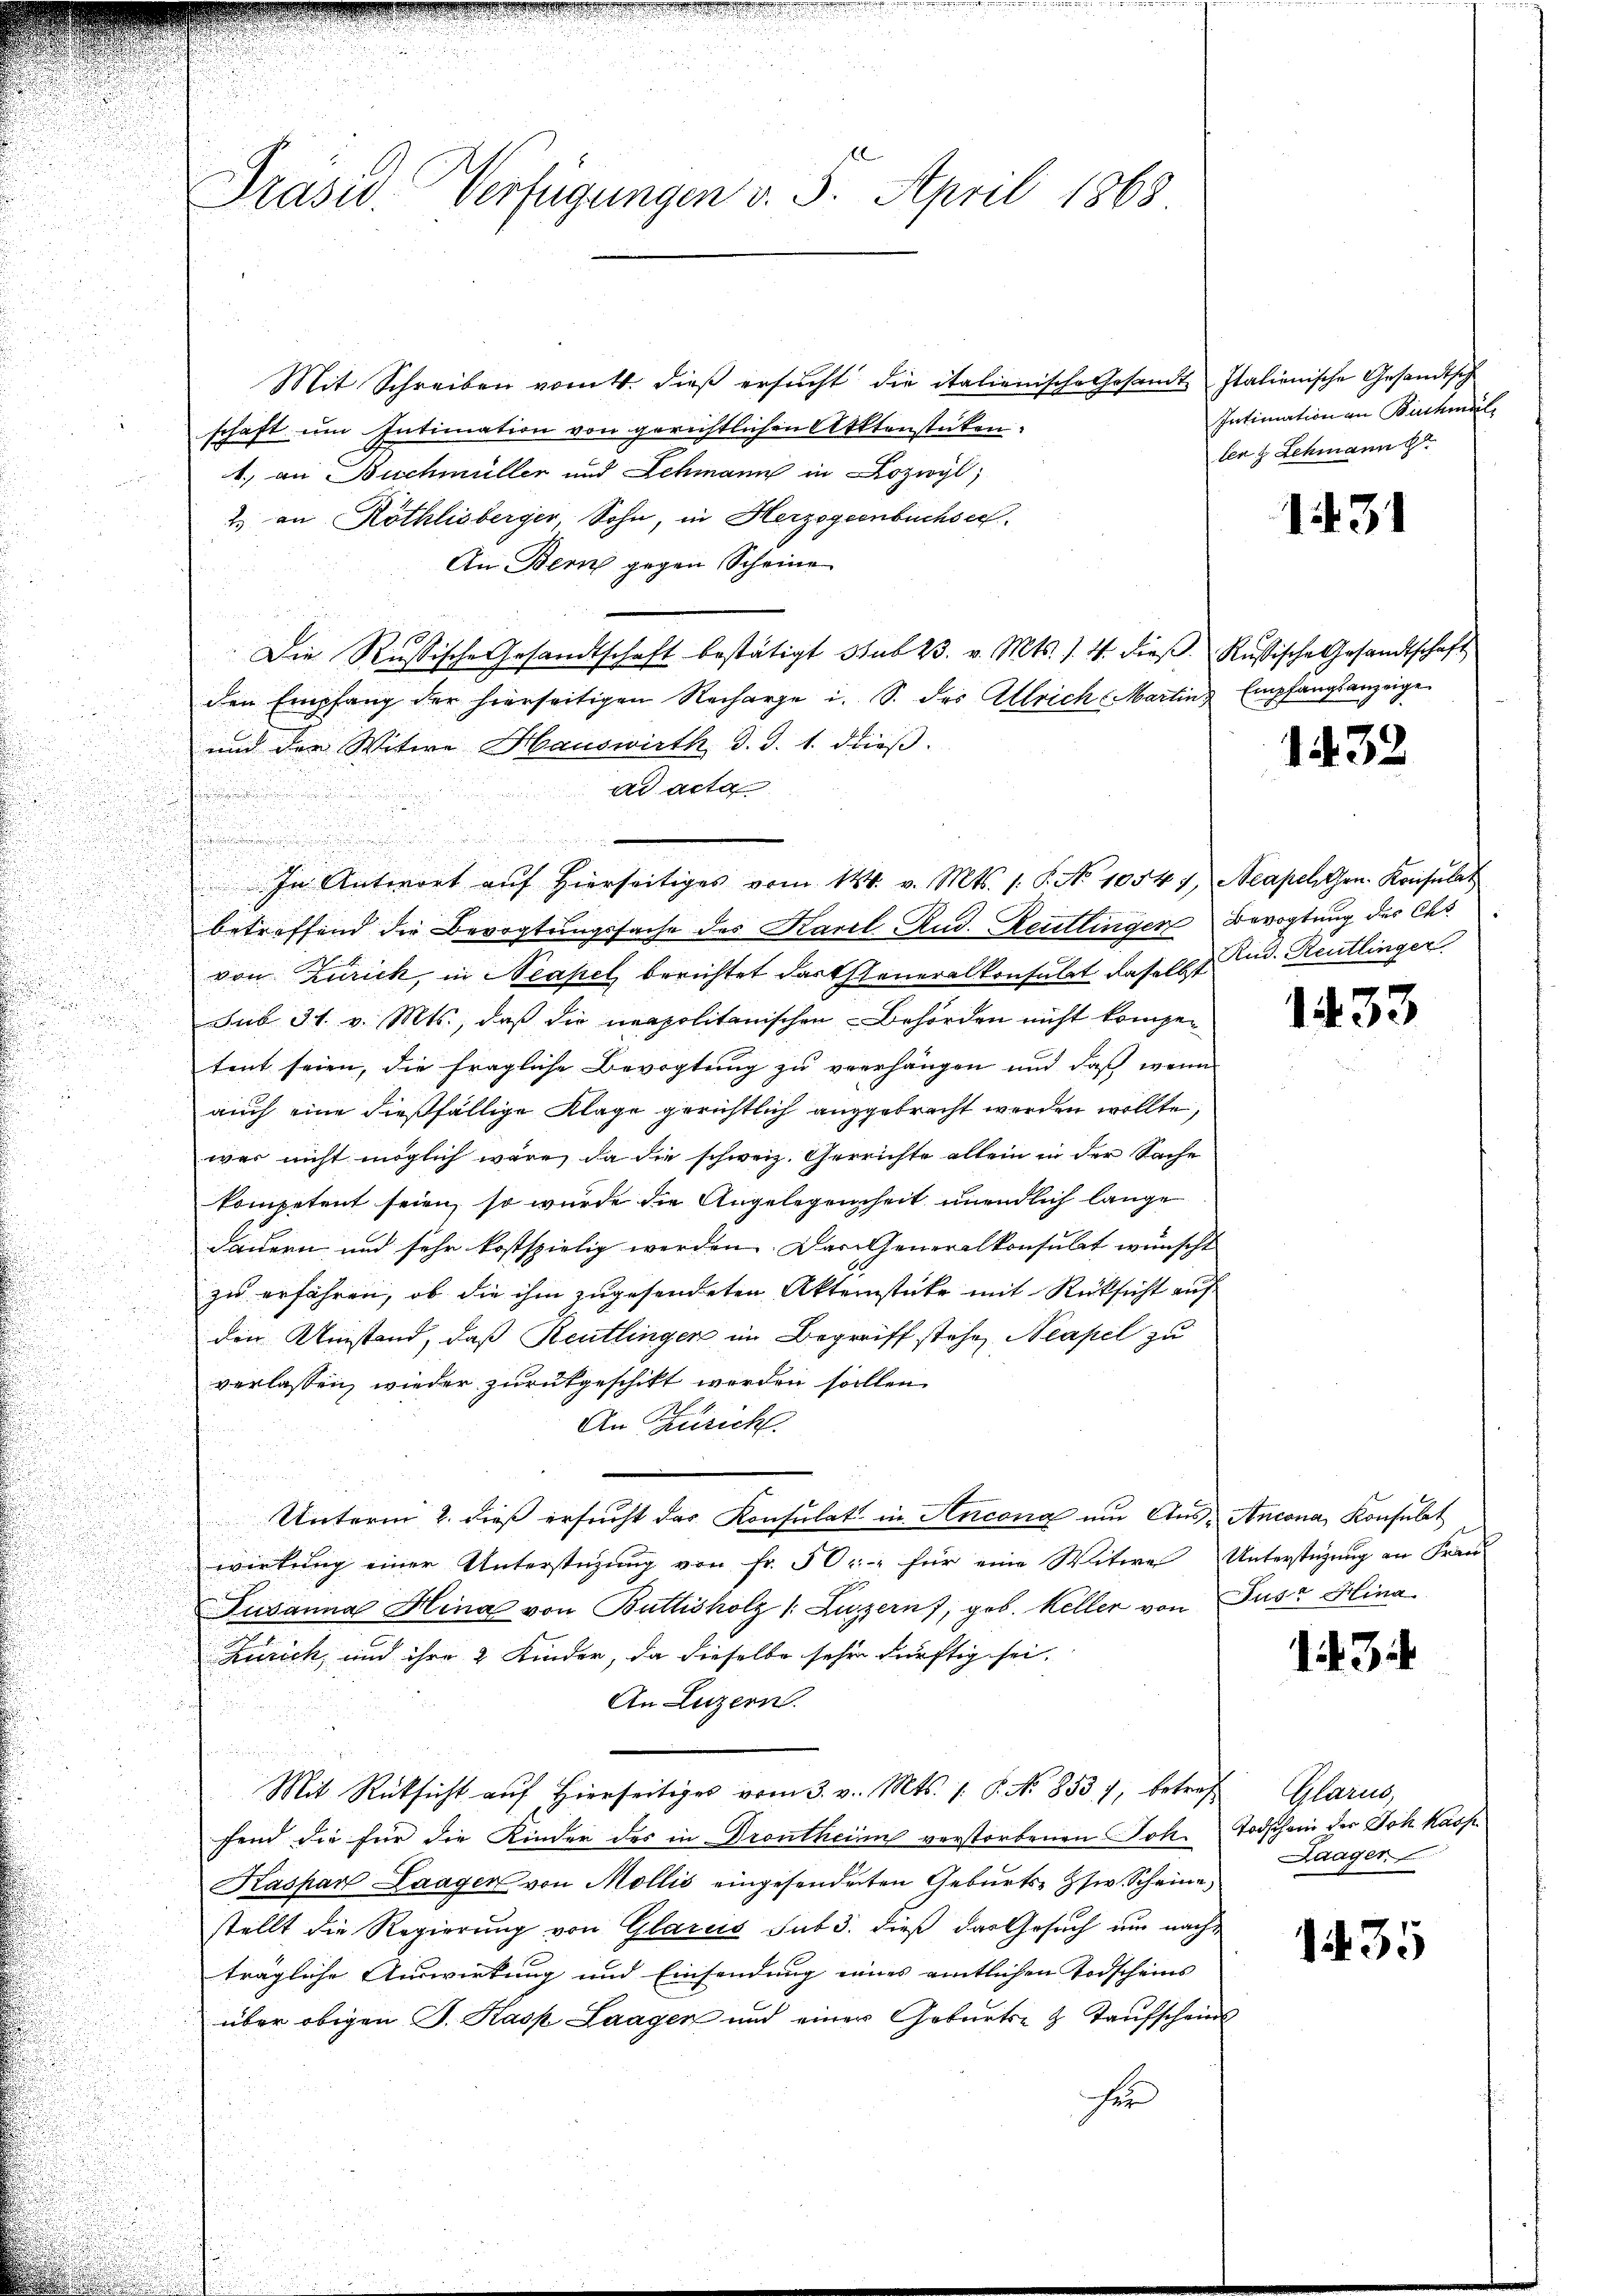
Mit Schreiben vom 4. dieß ersucht die italienische Gesandt Italienische Gesandtsch
schaft um Intimation von gerichtlichen Aktenstücken.
1., an Buchmüller und Schmann in Lozwyl,
2.) an Röthlisberger, Sohn, in Herzogenbuchsel
An Bern gegen Scheine
Die Russische Gesandtschaft bestätigt sub 23. v. Mts. s. 4 dieβ Russische Gesandtschaft
den Empfang der hierseitigen Recharge i. S. des Allrich Martin Empfangsanzeige
und der Witwe Hauswirth d. d. 1. dieß.
ad acta
.
betreffend die Bevogtungssache des Karl Rud. Reutlinger Bevogtung des Chr.
von Zürich, in Neapel berichtet darfsteneralkonsulat, daselbst Rud. Reutlinger
Sub 31. v. Mts., daß die neapolitanischen Behörden nicht kompetent seien, die fragliche Bevogtung zu verhängen und daß wenn
auch eine dießfällige Klage gerichtlich angebracht werden wollte,
war nicht möglich wäre, da die schweiz. Gerrichte allein in der Sache
kompetent seien, so wurde die Angelegenheit unendlich lange
dauern, und sehr kostspielig werden. Das Generalkonsulat wünscht
zu erfahren, ob die ihm zugesendeten Aktenstücke mit Rücksicht auf
den Umstand, daß Reutlingen im Begriff stehe, Neapel zu
verlassen, wieder zurükgeschikt werden sollen.
An Zürich.
Unterm 2. dieß ersucht das Konsulat in Ancona um Aus- Ancona, Konsulat
wirkung einer Unterstüzung von Fr. 50.- für eine Witwe Unterstüzung an Fran-
Susanna Hina von Buttisholz /: Luzern, geb. Keller von Jusz Hina
Zürich, und ihre 2 Kinder, da dieselbe sehr dürftig sei.
An Luzern.
i
Mit Rücksicht aŭf hierseitiges vom 3. v. Mts. 1. P. No. 853), betref Glarus,
fend die für die Kinder des in Prontheim verstorbenen Joh. Todschein der Joh kass
Kaspar Laager von Mollis eingesendeten Geburts- usw. Scheine
stellt die Regierung von Glarus sub 3. dieß das Gesuch um nachträgliche Auswirkung und Einsendung eines amtlichen Todscheins
über obigen J. Kasp Laagen und einer Geburts- & Taufschein
fü

Prasw. Verfügungen v. 5. April 1868

e

In Antwort auf hierseitiges vom 144. v. Mts. 1. P. No 10547, Aeapel Grn. Konsulat

Intimation an Buchmal,
len & Schmann

1431

1432

1433

143

Laager

135